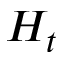
H _ { t }